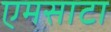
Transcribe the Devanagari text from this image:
एमसाटा